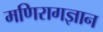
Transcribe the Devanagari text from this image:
मणिरागज्ञान